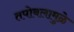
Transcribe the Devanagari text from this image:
तपोबलामुळे